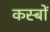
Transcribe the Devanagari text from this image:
कस्‍बों